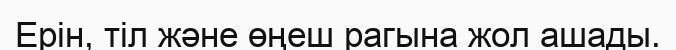
Ерін, тіл және өңеш рагына жол ашады.